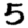
Digit: 5